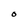
Character: 0